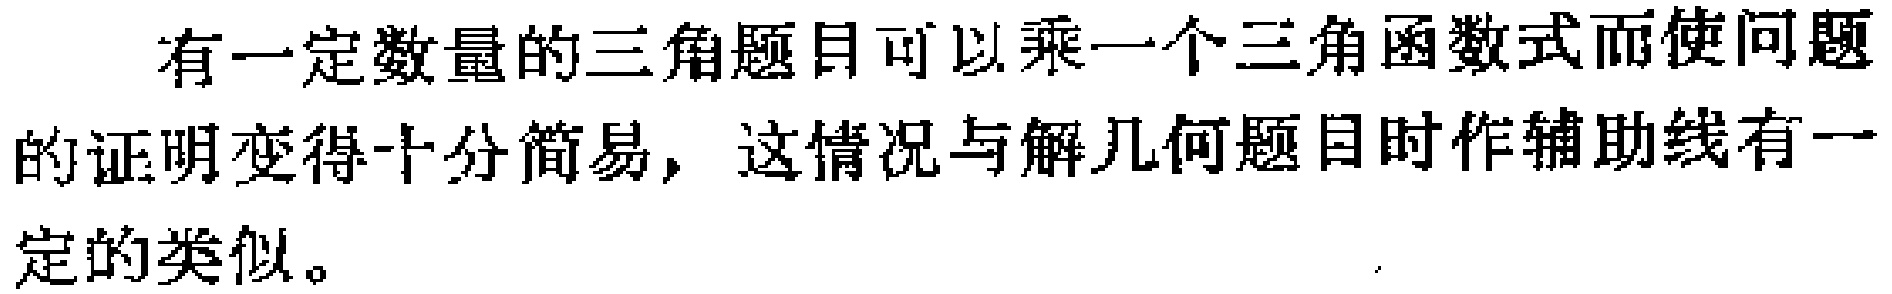
有一定数量的三角题目可以乘一个三角函数式而使问题的证明变得十分简易，这情况与解几何题目时作辅助线有一定的类似。